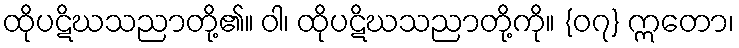
ထိုပဋိဃသညာတို့၏။ ဝါ၊ ထိုပဋိဃသညာတို့ကို။ {၀၇} ဣတော၊